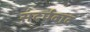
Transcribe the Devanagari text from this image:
संदर्पवाद